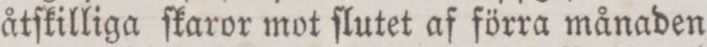
åtſkilliga ſkaror mot ſlutet af förra månaden